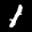
Label: 1